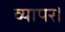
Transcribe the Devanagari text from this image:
व्यापर।